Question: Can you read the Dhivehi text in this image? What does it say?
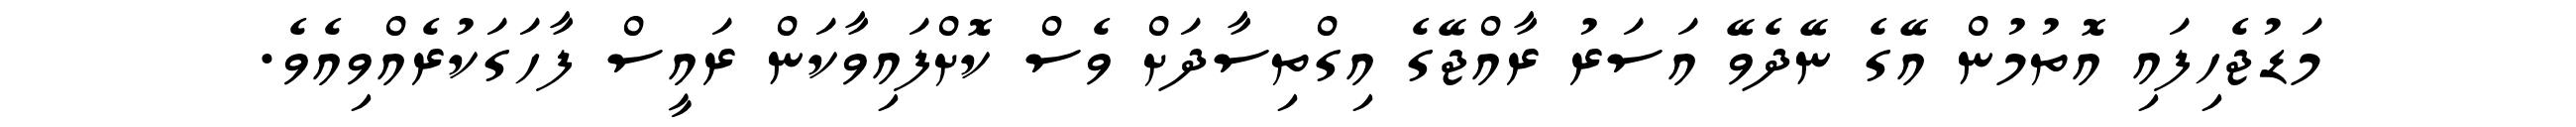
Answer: މަޑުޖެހިފައި އޮތުމުން އޭގެ ނޭދެވޭ އަސަރު ރާއްޖޭގެ އިގްތިސާދަށް ވެސް ކޮށްފައިވާކަން ރައީސް ފާހަގަކުރެއްވިއެވެ.